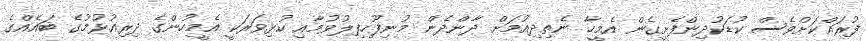
ފުރައްކަށްވެސް ކުޑަކުދިންފެށީގެން އެމީހާ ނެތިދިއުމަށް ދާންދެން މުނިފޫހިފިލުވުމާއި ކުޅިވަރަކީ އެމީހުންގެ ދިރިއުޅުމުގެ ބައެއްގެ